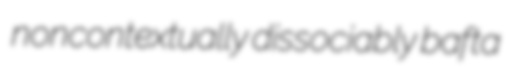
noncontextually dissociably bafta